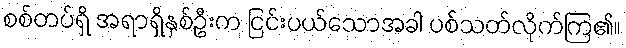
စစ်တပ်ရှိ အရာရှိနှစ်ဦးက ငြင်းပယ်သောအခါ ပစ်သတ်လိုက်ကြ၏။